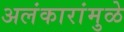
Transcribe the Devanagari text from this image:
अलंकारांमुळे